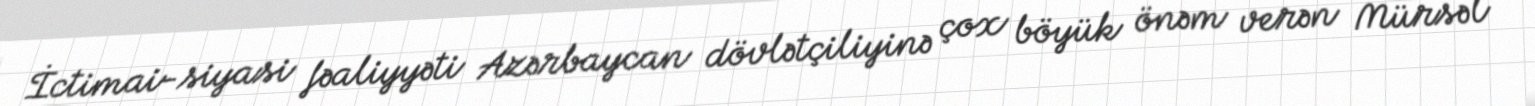
İctimai-siyasi fəaliyyəti Azərbaycan dövlətçiliyinə çox böyük önəm verən Mürsəl